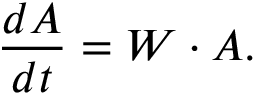
{ \frac { d A } { d t } } = W \cdot A .